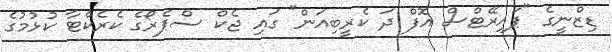
ޑިޒްނީގެ "ޕައިރޭޓްސް އޮފް ދަ ކެރީބިއަން" ގައި ޖެކް ސްޕެރޯގެ ކެރެކްޓާ ކުޅުމުގެ